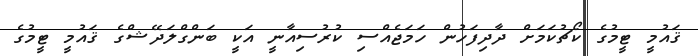
ޤައުމީ ޓީމުގެ ކޯޗުކަމަށް ދާދިފަހުން ހަމަޖެއްސި ކުރުސިއާނީ އަކީ ބަންގްލަދޭޝްގެ ޤައުމީ ޓީމުގެ